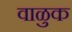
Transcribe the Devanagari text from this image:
वाळुक